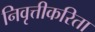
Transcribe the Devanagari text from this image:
निवृत्तीकरिता